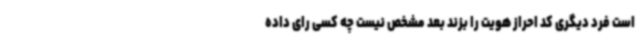
است فرد دیگری کد احراز هویت را بزند بعد مشخص نیست چه کسی رای داده